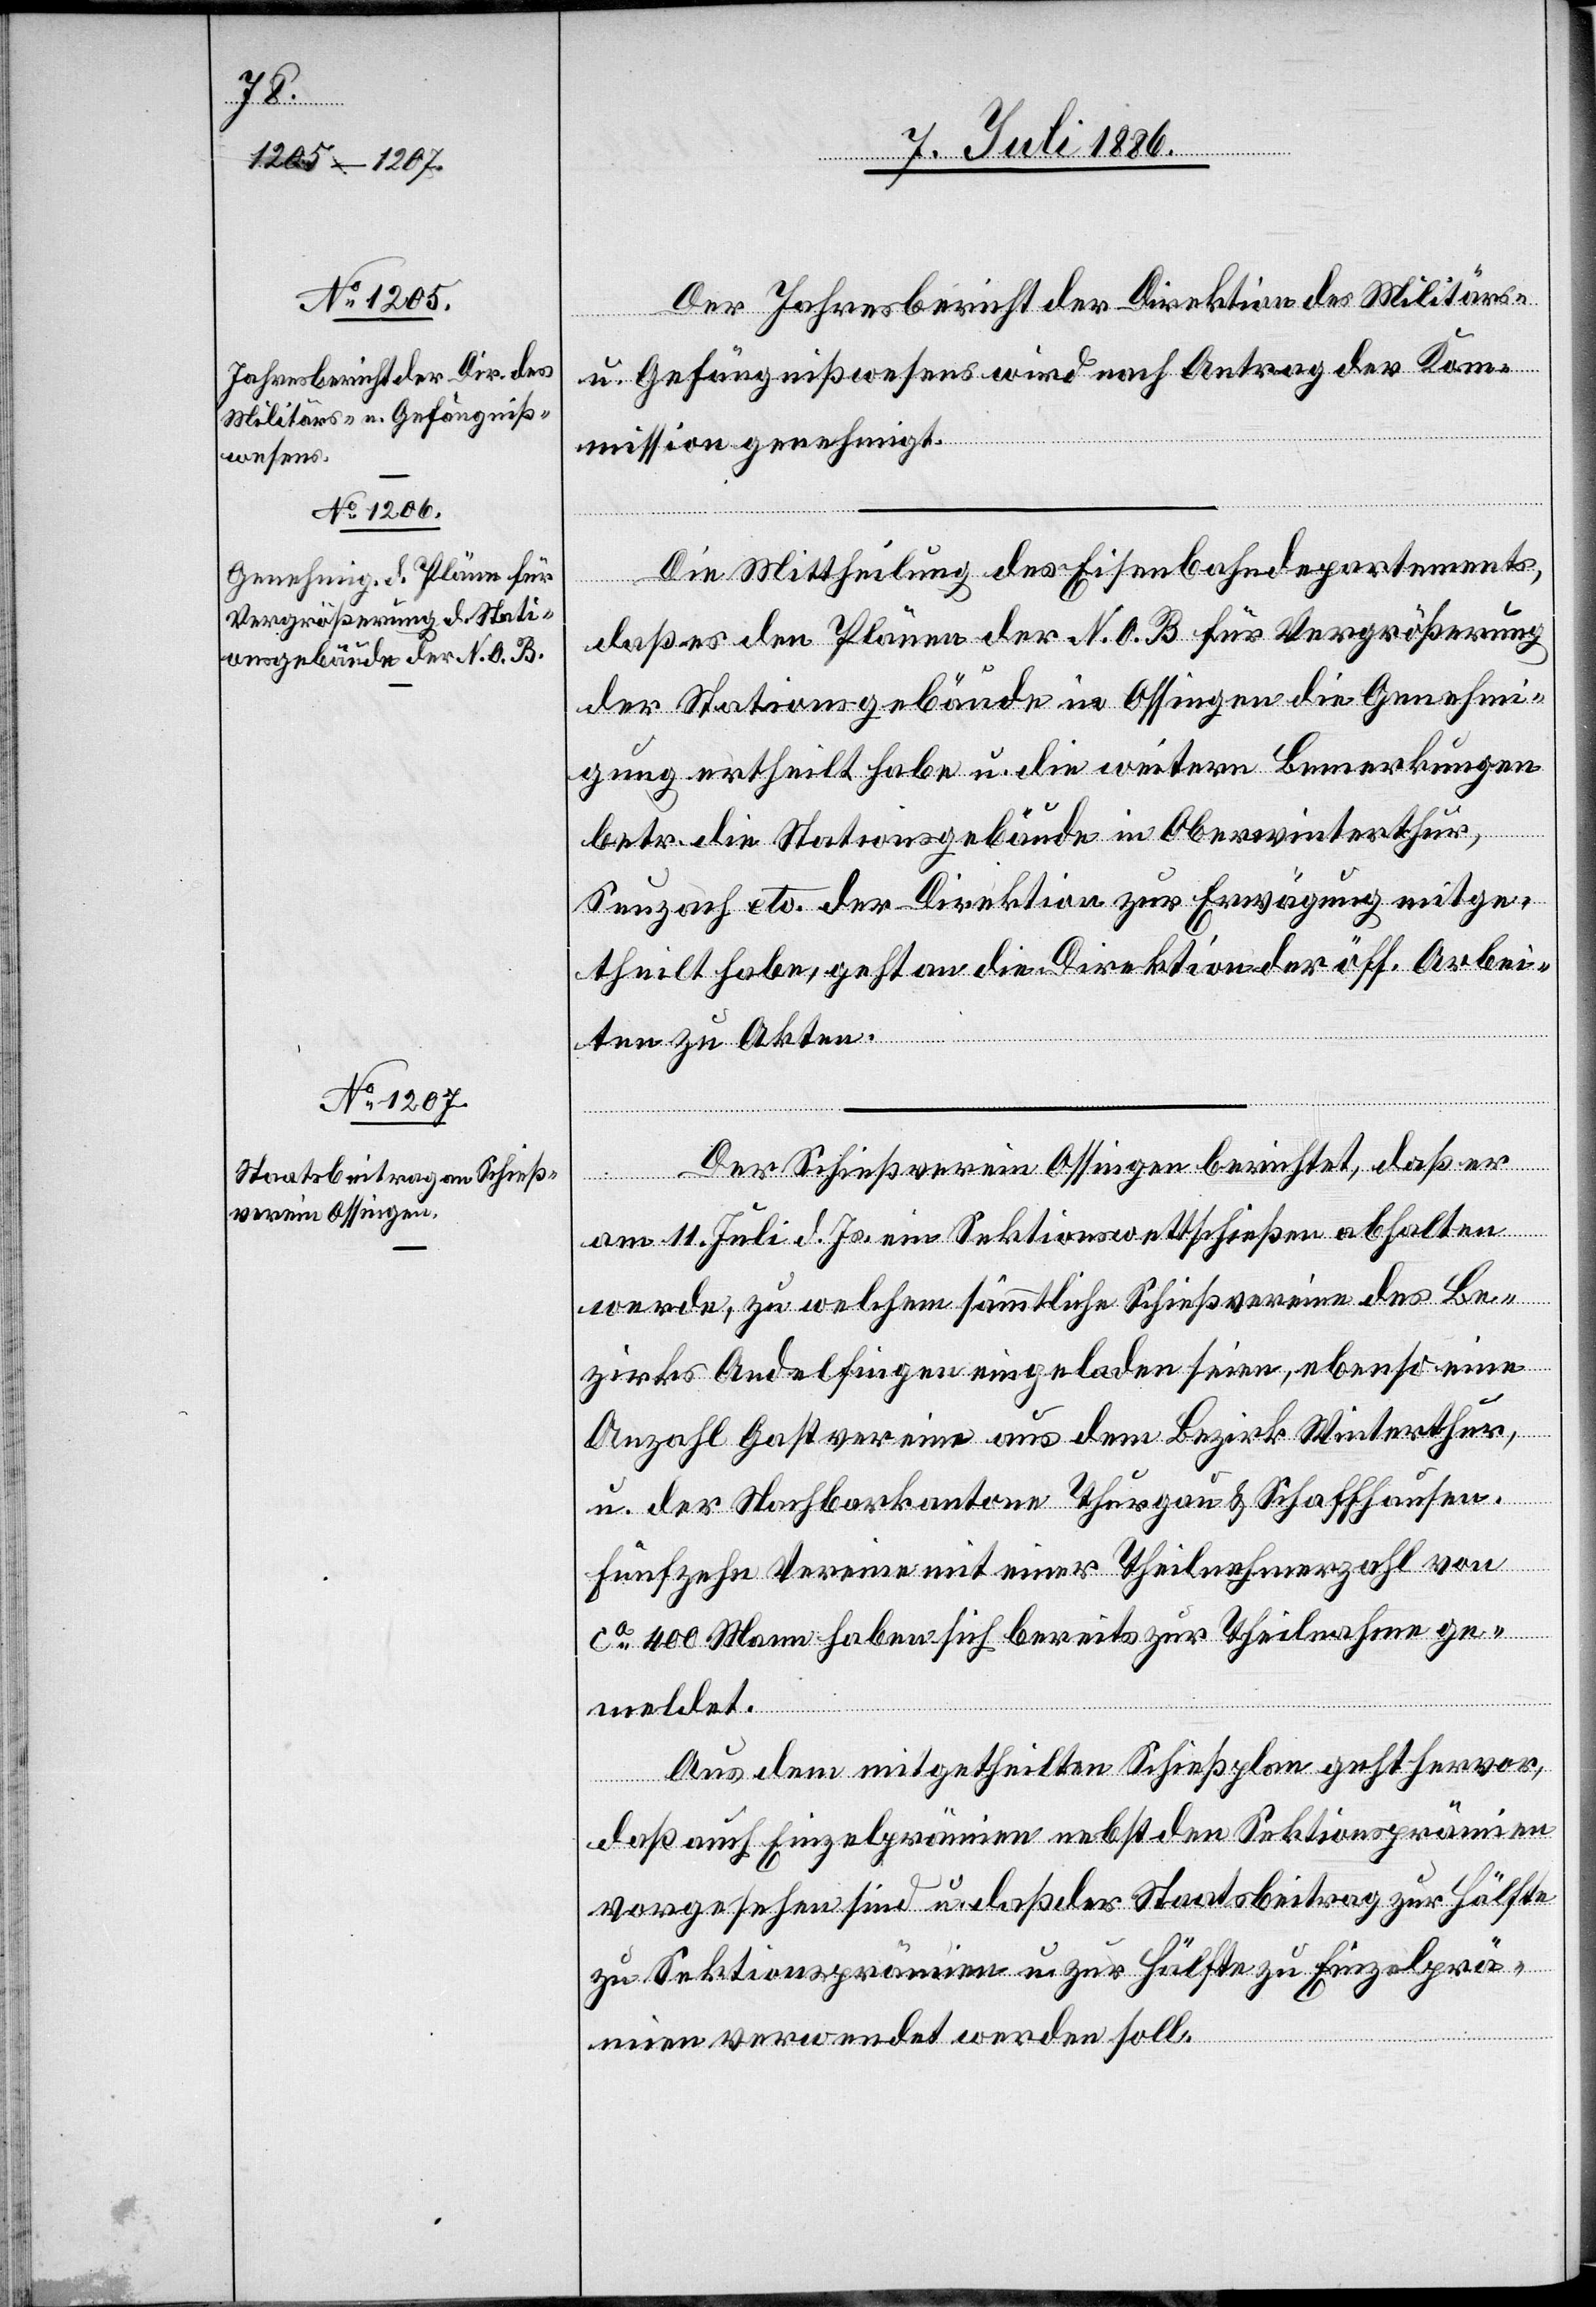
Der Jahresbericht der Direktion des Militärs-
u. Gefängnißwesens wird nach Antrag der Kom¬
mission genehmigt.
Die Mittheilung des Eisenbahndepartements,
daß es den Plänen der N. O. B. für Vergrößerung
der Stationsgebäude in Ossingen die Genehmi¬
gung ertheilt habe u. die weiteren Bemerkungen
betr. die Stationsgebäude in Oberwinterthur,
Seuzach etc. der Direktion zur Erwägung mitge¬
theilt habe, geht an die Direktion der öff. Arbei¬
ten zu Akten.
Der Schießverein Ossingen berichtet, daß er
am 11. Juli d. Js. ein Sektionswettschießen abhalten
werde, zu welchem sämmtliche Schießvereine des Be¬
zirks Andelfingen eingeladen seien, ebenso eine
Anzahl Gastvereine aus dem Bezirk Winterthur,
u. der Nachbarkantone Thurgau & Schaffhausen.
Fünfzehn Vereine mit einer Theilnehmerzahl von
ca 400 Mann haben sich bereits zur Theilnahme ge¬
meldet.
Aus dem mitgetheilten Schießplan geht hervor,
daß auch Einzelprämien nebst den Sektionsprämien
vorgesehen sind u. daß der Staatsbeitrag zur Hälfte
zu Sektionsprämien u. zur Hälfte zu Einzelprä¬
mien verwendet werden soll.